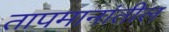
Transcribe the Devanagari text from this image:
तापमानांतील